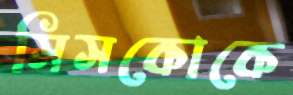
সিসকোকে